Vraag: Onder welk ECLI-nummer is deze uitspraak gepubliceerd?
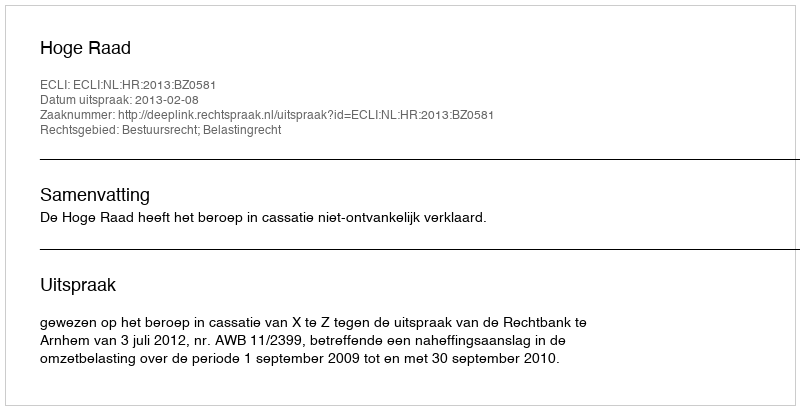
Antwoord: ECLI:NL:HR:2013:BZ0581